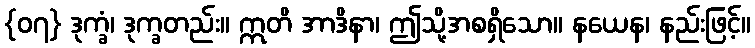
{၀၇} ဒုက္ခံ၊ ဒုက္ခတည်း။ ဣတိ အာဒိနာ၊ ဤသို့အစရှိသော။ နယေန၊ နည်းဖြင့်။